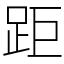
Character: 距